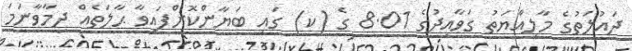
ދައުލަތުގެ މާލިއްޔަތު ގަވާއިދުގެ 8.01 ގެ (ކ) ގައި ބަޔާންކޮށްފައިވާ ޙާލަތެއް ދިމާވާނަމަ